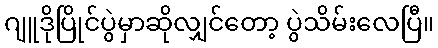
ဂျူဒိုပြိုင်ပွဲမှာဆိုလျှင်တော့ ပွဲသိမ်းလေပြီ။